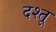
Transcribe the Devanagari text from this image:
दश्तू